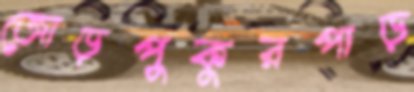
জোড়পুকুরপাড়